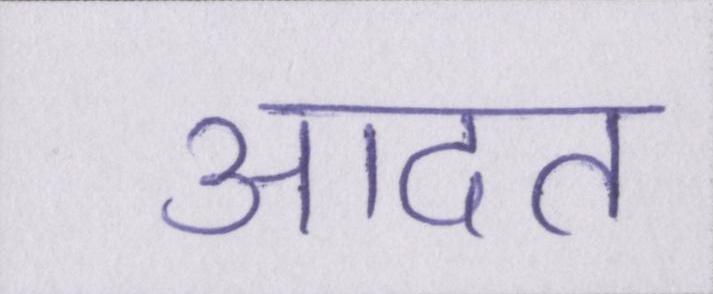
आदत